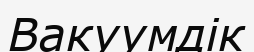
Вакуумдік